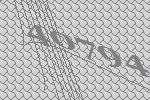
40794